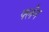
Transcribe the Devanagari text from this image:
फ्लँन